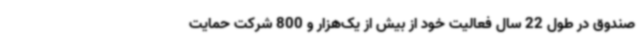
صندوق در طول 22 سال فعالیت خود از بیش از یک‌هزار و 800 شرکت حمایت